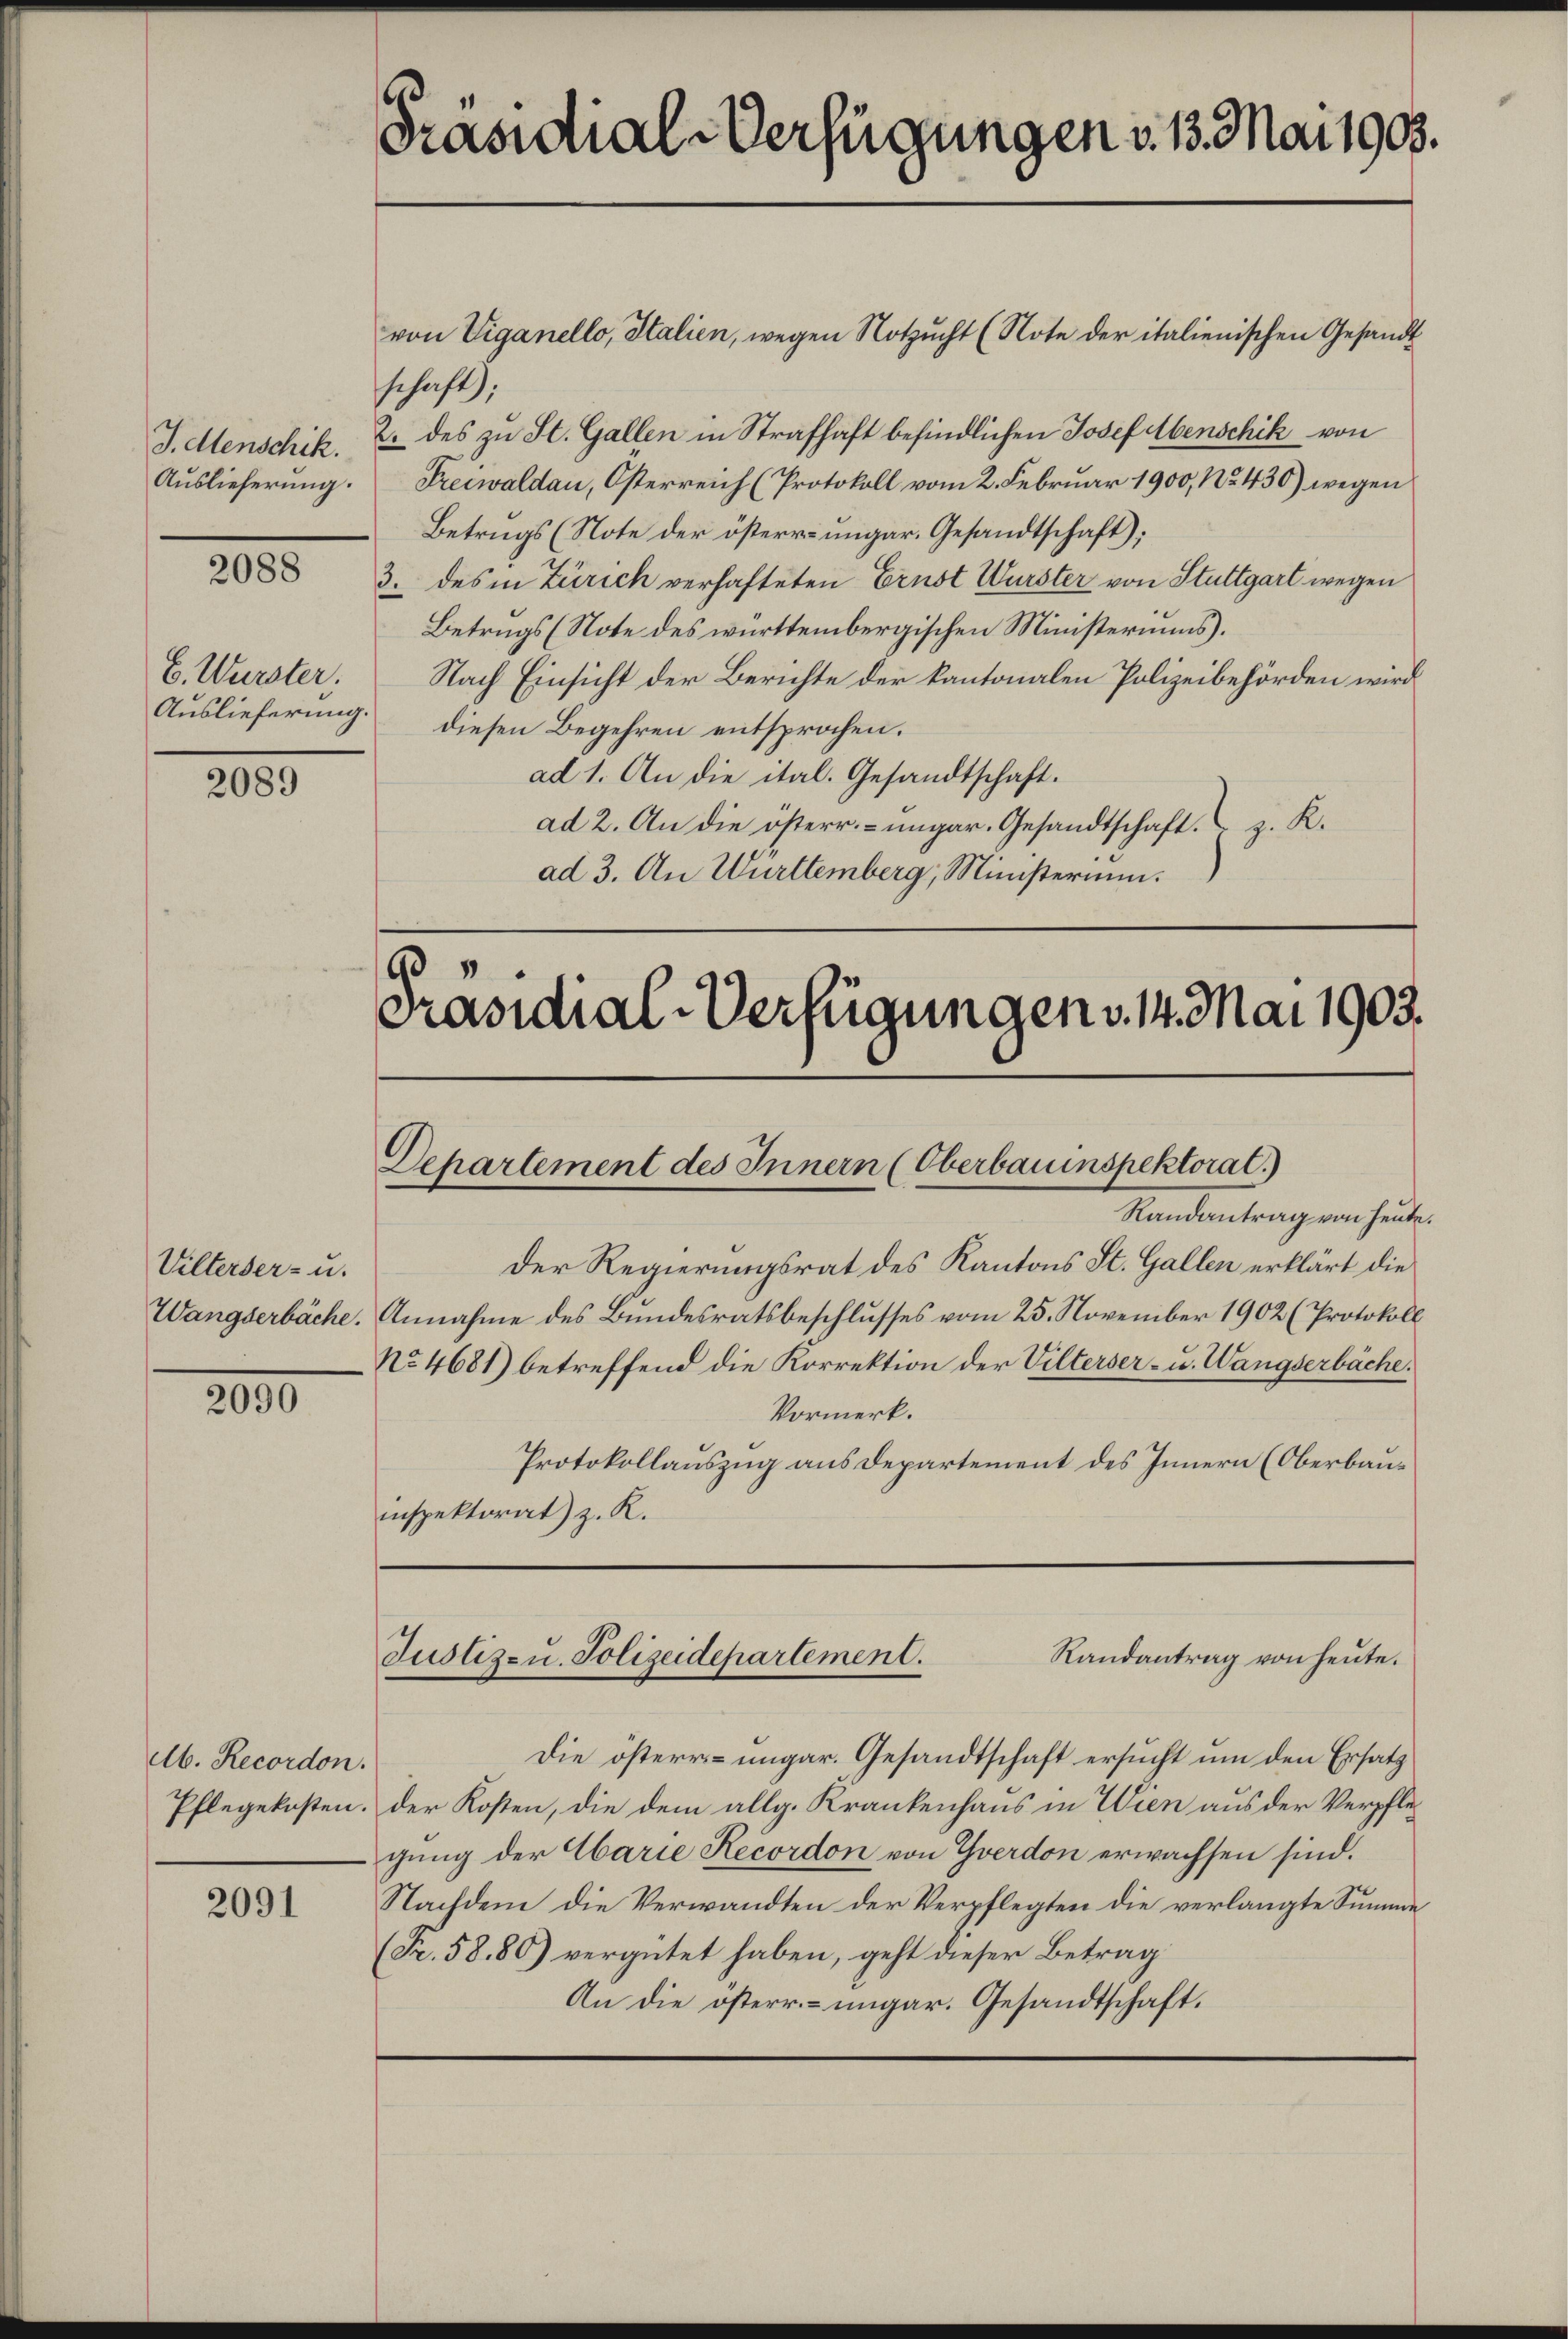
J. Menschik.
Auslieferung.

2088

E. Wurster,

2089

Vilterser- u.

2000

Ab. Recordon.
Pflegekosten.

2091

Präsidial-Verfügungen v. 13. Mai 1903.

von Viganello, Italien, wegen Notzucht (Note der italienischen Gesandt
schaft);
2. des zu St. Gallen in Strafhaft befindlichen Josef Abenschik von
Freewaldau, Österreich (Protokoll vom 2. Febrŭar 1900, No 430) wegen
Betrugs (Note der österre ungar. Gesandtschaft);
3. des in Zürich verhafteten Ernst Wurster von Stuttgart wegen
Betrugs (Note des württembergischen Ministeriums.
Nach Einsicht der Berichte der kantonalen Polizeibehörden wird
Auslieferung. Diesen Begehren entsprochen.
ad 1. An die ital. Gesandtschaft.
ad 2. An die österr.-ungar. Gesandtschaft z. R.
ad 3. An Württemberg, Ministerium.

3
Präsidial-Verfügungen v. 14. Mai 1903.
Departement des Innern (Oberbauinspektorat.)
Randantrag von heute.

Der Regierungsrat des Kantons St. Gallen erklärt die
Wangserbäche. Annahme des Bundesratsbeschlusses vom 25. November 1902 (Protokoll
No 4681) betreffend die Korrektion der Vilterser- u. Wangserbäche.
Vormerk.
Protokollauszug aus Departement des Innern (Oberbauinspektorat) z. R.

Randantrag von heute.
Justiz- u. Polizeidepartement.

Die östern- ungar. Gesandtschaft ersucht um den Ersatz
der Kosten, die dem allg. Krankenhaus in Wien aus der Verpflegung der Ebarie Recordon von Yverdon erwachsen sind.
Nachdem die Verwandten der Verpflegten die verlangte Summe
(Fr. 5880) vergütet haben, geht dieser Betrag
An die österr.-ungar. Gesandtschaft.